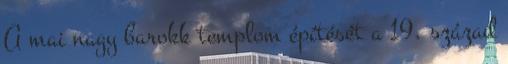
A mai nagy barokk templom építését a 19. század